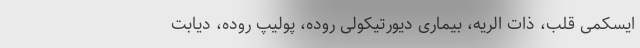
ایسکمی قلب، ذات الریه، بیماری دیورتیکولی روده، پولیپ روده، دیابت